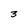
Character: 3